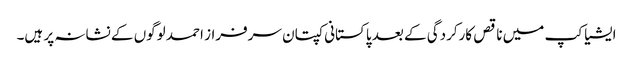
ایشیا کپ میں ناقص کارکردگی کے بعد پاکستانی کپتان سرفراز احمد لوگوں کے نشانہ پر ہیں۔